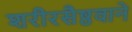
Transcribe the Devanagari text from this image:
शरीरसैष्ठवाने